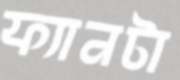
ফ্যানটা